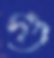
গু